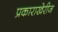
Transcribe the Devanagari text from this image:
प्रकाराखेरीज